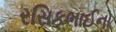
રસિકભાઈનો